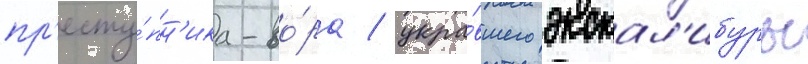
пр'есту́пн'ика-во́ра / укра́вшего экскал'ибуры